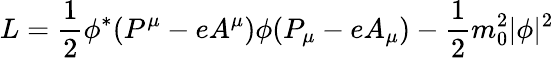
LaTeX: L=\frac{1}{2}\phi^{*}(P^{\mu}-eA^{\mu})\phi(P_{\mu}-eA_{\mu})-\frac{1}{2}m_{0}^{2}|\phi|^{2}